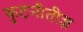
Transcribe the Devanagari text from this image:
कुटनीतीज्ञ